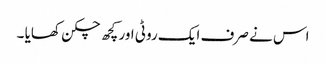
اس نے صرف ایک روٹی اور کچھ چکن کھایا ۔